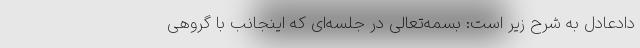
دادعادل به شرح زیر است: بسمه‌تعالی در جلسه‌ای که اینجانب با گروهی